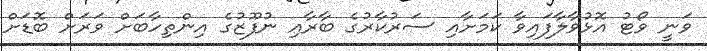
ވަނީ ވޯޓު އޮޅުވާލާފައިވާ ކަމަށާއި ސަރުކާރުގެ ބާރާއި ނުފޫޒުގެ އިންތިހާބަށް ވަރަށް ބޮޑަށް